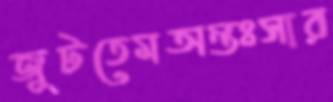
জুটতেমঅন্তঃসার